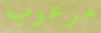
مرعوب